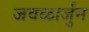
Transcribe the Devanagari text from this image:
जवळार्जुन